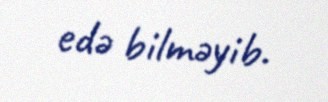
edə bilməyib.